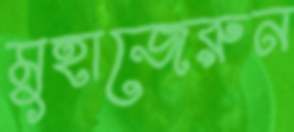
মুহাজেরুন